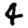
Digit: 4